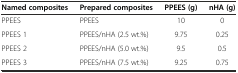
| Named composites | Prepared composites | PPEES (g) | nHA (g) |
 | --- | --- | --- | --- |
 | PPEES | PPEES | 10 | 0 |
 | PPEES 1 | PPEES/nHA (2.5 wt.%) | 9.75 | 0.25 |
 | PPEES 2 | PPEES/nHA (5.0 wt.%) | 9.5 | 0.5 |
 | PPEES 3 | PPEES/nHA (7.5 wt.%) | 9.25 | 0.75 |